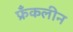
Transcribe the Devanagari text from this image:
फ्रँकलीन